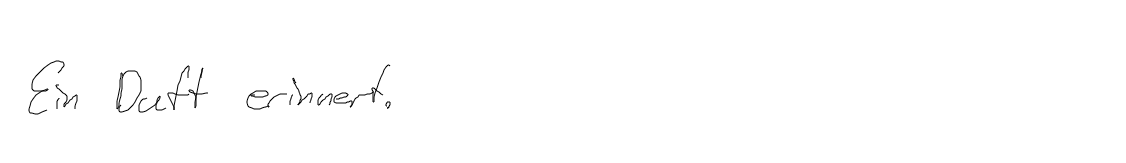
Ein Duft erinnert.